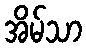
အိမ်သာ